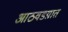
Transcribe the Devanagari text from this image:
आठवडय़ात